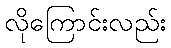
လိုကြောင်းလည်း